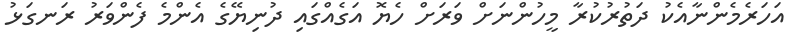
އަހަރެމެންނާއެކު ދަތުރުކުރާ މީހުންނަށް ވަރަށް ހެޔޮ އަގެއްގައި ދުނިޔޭގެ އެންމެ ފެންވަރު ރަނގަޅު